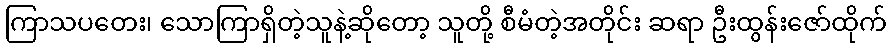
ကြာသပတေး၊ သောကြာရှိတဲ့သူနဲ့ဆိုတော့ သူတို့ စီမံတဲ့အတိုင်း ဆရာ ဦးထွန်းဇော်ထိုက်